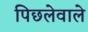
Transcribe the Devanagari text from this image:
पिछलेवाले